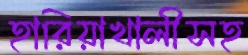
হারিয়াখালীসহ